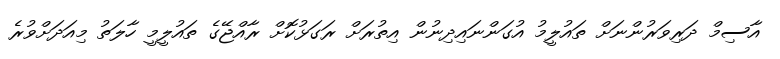
އާސިމް ދަރިވަރުންނަށް ތައުލީމު އުގަންނައިދިނުން އިތުރަށް ރަގަޅުކޮށް ރާއްޖޭގެ ތައުލީމީ ހާލަތު މިއަދަށްވުރެ